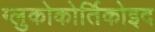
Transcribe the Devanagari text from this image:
ग्लुकोकोर्तिकोइद